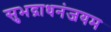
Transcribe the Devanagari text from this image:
सुभद्राधनंजयम